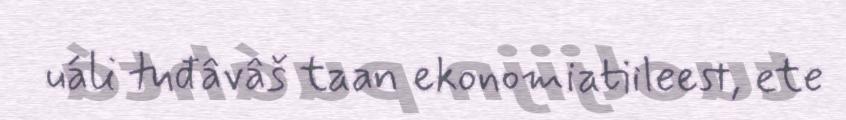
uáli tuđâvâš taan ekonomiatiileest, ete